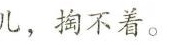
儿，掏不着。